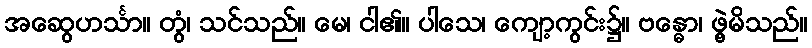
အဆွေဟင်္သာ။ တွံ၊ သင်သည်။ မေ၊ ငါ၏။ ပါသေ၊ ကျော့ကွင်း၌။ ဗန္ဓော၊ ဖွဲ့မိသည်။